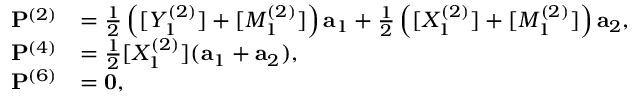
\begin{array} { r l } { { \bf P } ^ { ( 2 ) } } & { = \frac { 1 } { 2 } \left( [ Y _ { 1 } ^ { ( 2 ) } ] + [ M _ { 1 } ^ { ( 2 ) } ] \right) { \bf a } _ { 1 } + \frac { 1 } { 2 } \left( [ X _ { 1 } ^ { ( 2 ) } ] + [ M _ { 1 } ^ { ( 2 ) } ] \right) { \bf a } _ { 2 } , } \\ { { \bf P } ^ { ( 4 ) } } & { = \frac { 1 } { 2 } [ X _ { 1 } ^ { ( 2 ) } ] ( { \bf a } _ { 1 } + { \bf a } _ { 2 } ) , } \\ { { \bf P } ^ { ( 6 ) } } & { = { \bf 0 } , } \end{array}